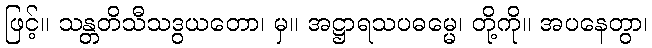
ဖြင့်။ သန္တတိသီသဒွယတော၊ မှ။ အဋ္ဌာရသပဓမ္မေ၊ တို့ကို။ အပနေတွာ၊